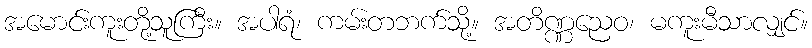
အမောင်းကူးတို့သူကြီး။ အပါရံ၊ ကမ်းတဘက်သို့။ အတိဏ္ဏညေဝ၊ မကူးမီသာလျှင်။